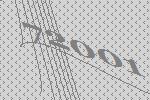
72001